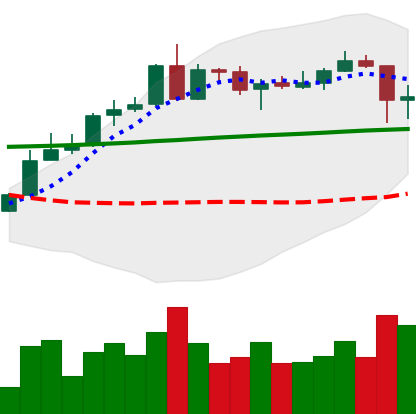
Ticker: ADA-USD
Chart end date: 2020-05-11
Forward return: 5.87%
Label: up_5_7